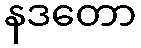
နဒတော